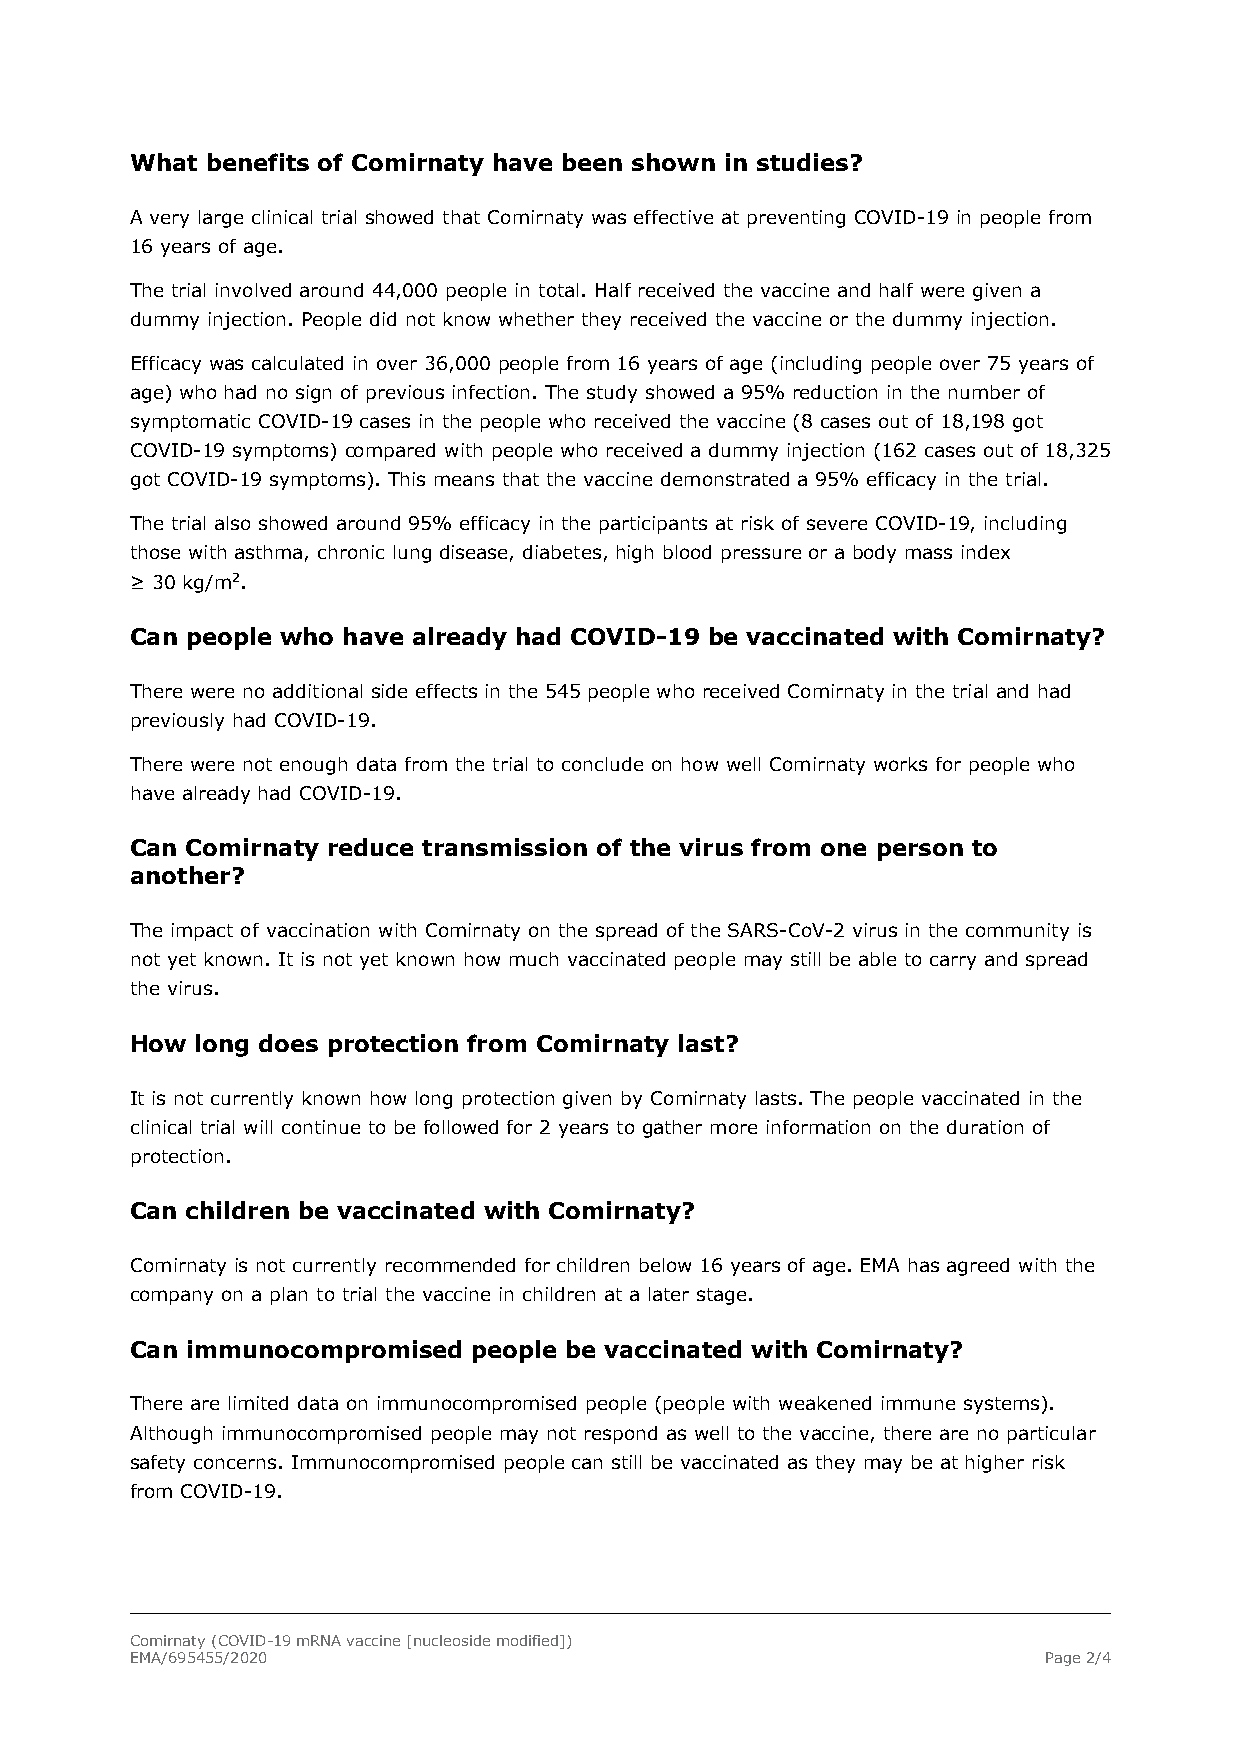
What benefits of Comirnaty have been shown in studies?
 A very large clinical trial showed that Comirnaty was effective at preventing COVID-19 in people from
 16 years of age.
 The trial involved around 44,000 people in total. Half received the vaccine and half were given a
 dummy injection. People did not know whether they received the vaccine or the dummy injection.
 Efficacy was calculated in over 36,000 people from 16 years of age (including people over 75 years of
 age) who had no sign of previous infection. The study showed a 95% reduction in the number of
 symptomatic COVID-19 cases in the people who received the vaccine (8 cases out of 18,198 got
 COVID-19 symptoms) compared with people who received a dummy injection (162 cases out of 18,325
 got COVID-19 symptoms). This means that the vaccine demonstrated a 95% efficacy in the trial.
 The trial also showed around 95% efficacy in the participants at risk of severe COVID-19, including
 those with asthma, chronic lung disease, diabetes, high blood pressure or a body mass index
 ≥ 30 kg/m2.
 Can people who have already had COVID-19 be vaccinated with Comirnaty?
 There were no additional side effects in the 545 people who received Comirnaty in the trial and had
 previously had COVID-19.
 There were not enough data from the trial to conclude on how well Comirnaty works for people who
 have already had COVID-19.
 Can Comirnaty reduce transmission of the virus from one person to
 another?
 The impact of vaccination with Comirnaty on the spread of the SARS-CoV-2 virus in the community is
 not yet known. It is not yet known how much vaccinated people may still be able to carry and spread
 the virus.
 How long does protection from Comirnaty last?
 It is not currently known how long protection given by Comirnaty lasts. The people vaccinated in the
 clinical trial will continue to be followed for 2 years to gather more information on the duration of
 protection.
 Can children be vaccinated with Comirnaty?
 Comirnaty is not currently recommended for children below 16 years of age. EMA has agreed with the
 company on a plan to trial the vaccine in children at a later stage.
 Can immunocompromised people be vaccinated with Comirnaty?
 There are limited data on immunocompromised people (people with weakened immune systems).
 Although immunocompromised people may not respond as well to the vaccine, there are no particular
 safety concerns. Immunocompromised people can still be vaccinated as they may be at higher risk
 from COVID-19.
 Comirnaty (COVID-19 mRNA vaccine [nucleoside modified])
 EMA/695455/2020                                             Page 2/4